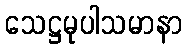
သေဋ္ဌမုပါသမာနာ